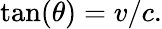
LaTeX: \tan(\theta)=v/c.